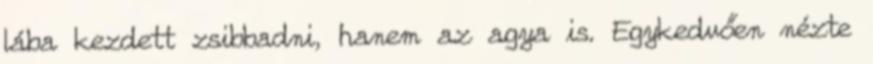
lába kezdett zsibbadni, hanem az agya is. Egykedvően nézte